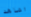
اشاهد